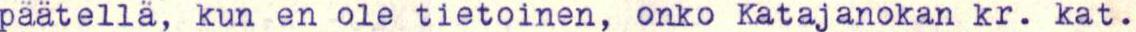
päätellä, kun en ole tietoinen, onko Katajanokan kr. kat.